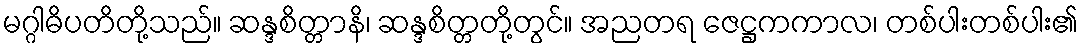
မဂ္ဂါဓိပတိတို့သည်။ ဆန္ဒစိတ္တာနိ၊ ဆန္ဒစိတ္တတို့တွင်။ အညတရ ဇေဋ္ဌကကာလ၊ တစ်ပါးတစ်ပါး၏